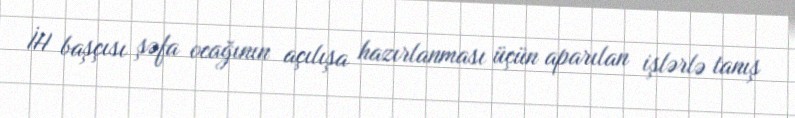
İH başçısı şəfa ocağının açılışa hazırlanması üçün aparılan işlərlə tanış